system: You are a helpful assistant.
user:
Analyze the provided spectrum to determine if it is a **Carbon Star (C-type)**.

- **Key Visual Indicators of Carbon Star:**
    - **(Primary):** Strong molecular absorption from **C₂ (diatomic carbon) "Swan Bands."** This is the **defining feature** of a carbon star.
        - **(Key Bandheads):** Sharp absorption edges are visible at approximately $5635$ Å, $5165$ Å (the strongest band), and $4737$ Å.
        - **(Line Profile):** Creates a distinct **"saw-tooth"** pattern. The key morphology is a sharp, steep bandhead on the **red (long-wavelength) side**, which then gradually tapers off (i.e., flux recovers) towards the **blue (short-wavelength) side**. *(This is the direct opposite of the TiO bands seen in M-type stars)*.

    - **(Secondary):** Intense **CN (cyanogen)** molecular absorption bands.
        - **(Key Bandheads):** Located in the blue and violet regions of the spectrum (e.g., near $4215$ Å and $3883$ Å).
        - **(Morphology):** These bands are extremely broad and act as a "blanket," absorbing the vast majority of blue and violet light. This creates a characteristic **"cliff"** or **"steep drop-off"** in the spectrum's flux at short wavelengths.

    - **(Key Confirmation):** Strong **CH absorption band (G-band)**.
        - **(Key Bandhead):** Located around $4300$ Å. The contribution from CH molecules to this band is exceptionally strong.

    - **(Overall Spectrum):**
        - The continuum is severely "chopped up" by these deep molecular bands, especially C₂, rather than appearing as a smooth curve.
        - Due to the heavy CN and C₂ absorption in the blue-green, the vast majority of the star's flux is concentrated in the red part of the spectrum, giving the star its characteristic deep red color.

Think first, call **spectral_visualization_tool** if needed to examine features in detail, then provide your final answer. Your response must adhere to the following strict rules:
1.  **Overall Structure:** Your response must follow the format `<think>...</think> <tool_call>...</tool_call> (if a tool is used) <answer>...</answer>`.
2.  **Tool Usage Constraint:** You may only make **one** tool call per turn.
3.  **Final Answer Format:** In the `<answer>` tag, your conclusion must be inside a `\boxed{}` command (e.g., `\boxed{YES}`), followed by your justification.

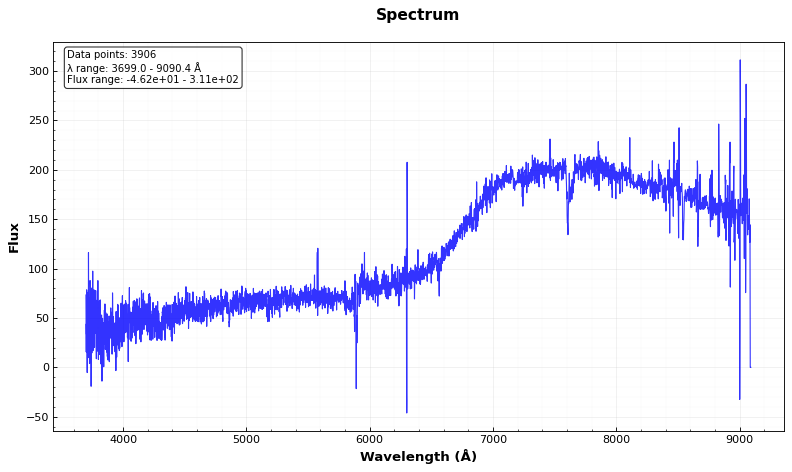
Answer: NO